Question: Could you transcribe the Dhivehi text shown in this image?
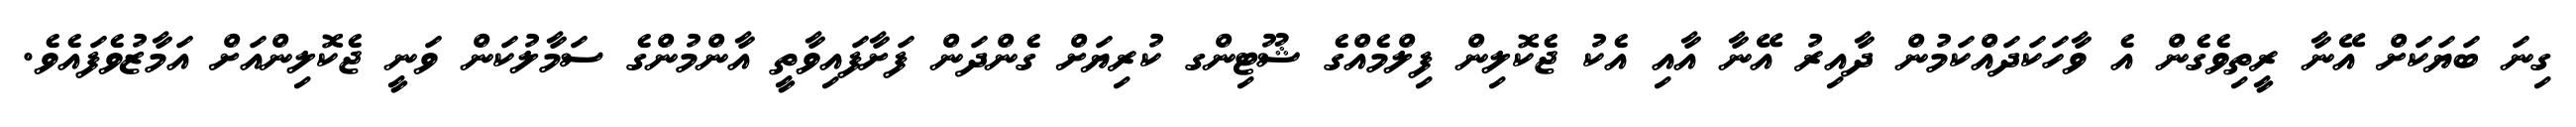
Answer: ގިނަ ބަޔަކަށް އޭނާ ރީތިވެގެން އެ ވާހަކަދައްކަމުން ދާއިރު އޭނާ އާއި އެކު ޖެކޮލިން ފިލްމެއްގެ ޝޫޓިންގ ކުރިޔަށް ގެންދަން ފަށާފައިވާތީ އާންމުންގެ ސަމާލުކަން ވަނީ ޖެކޮލިންއަށް އަމާޒުވެފައެވެ.